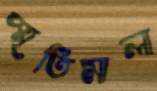
স্মৃতিমালা